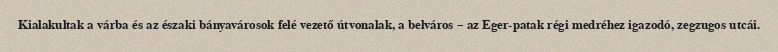
Kialakultak a várba és az északi bányavárosok felé vezető útvonalak, a belváros – az Eger-patak régi medréhez igazodó, zegzugos utcái.